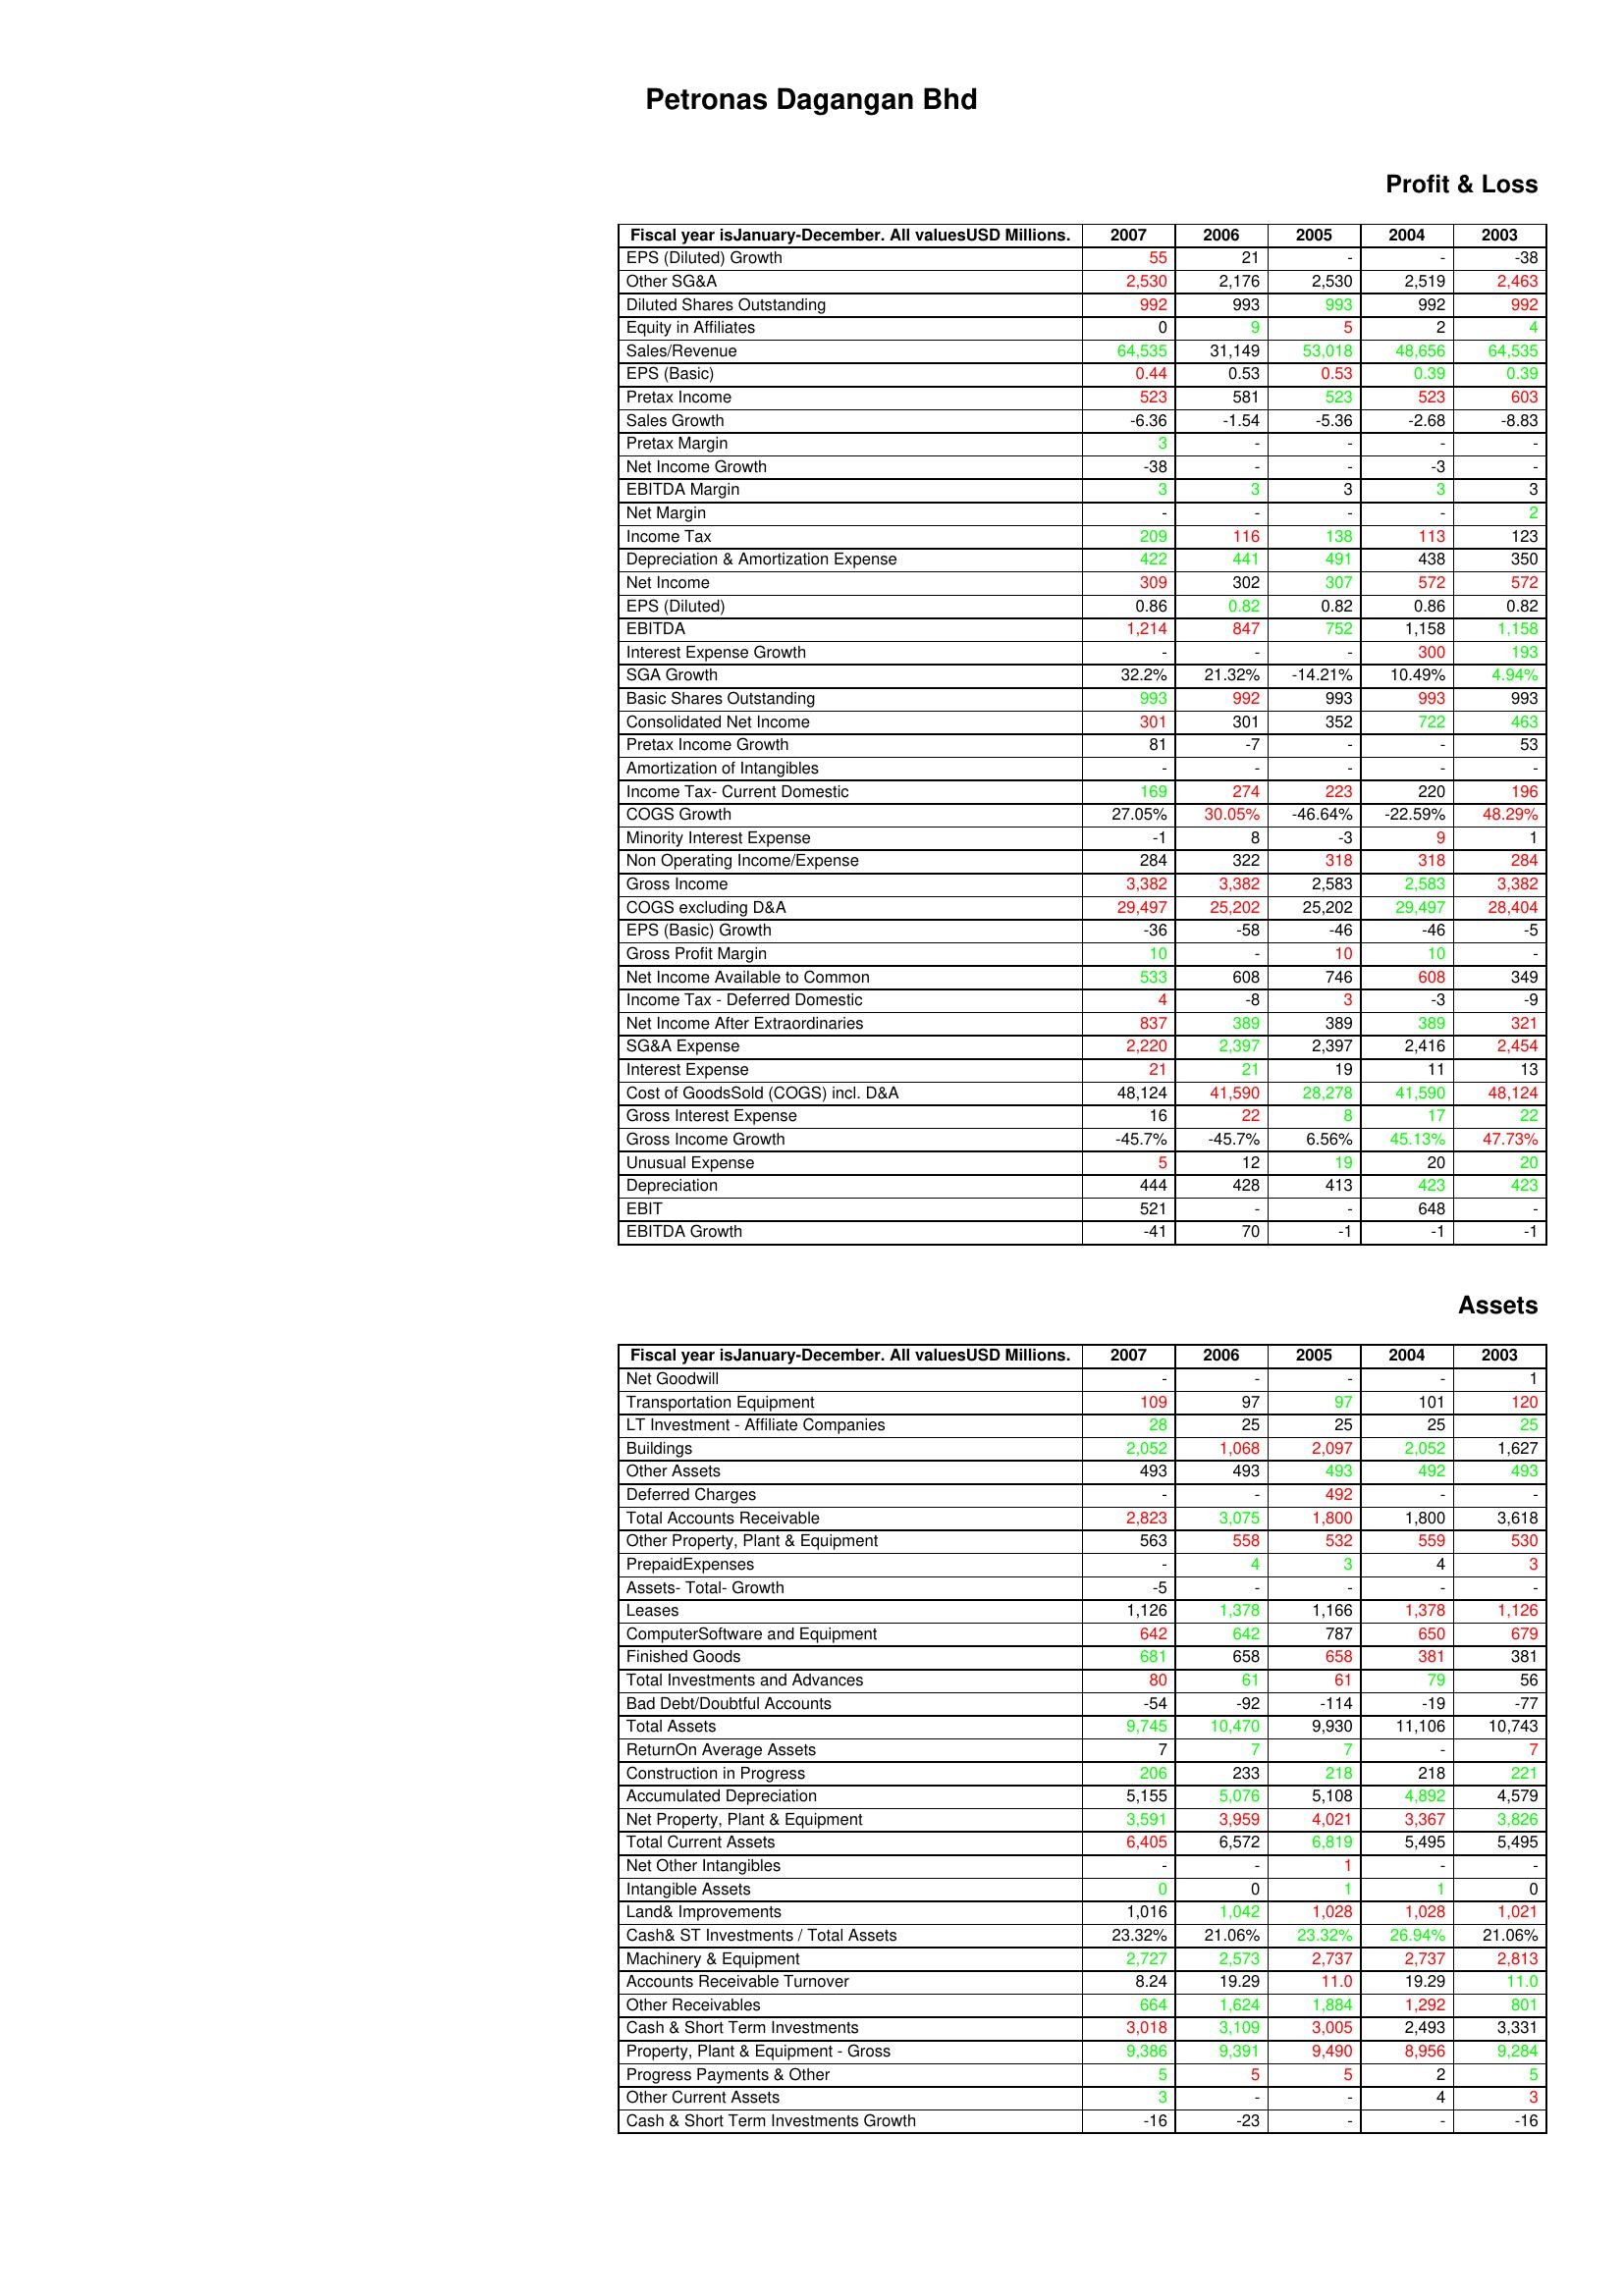
gt_parse: 2007: Profit & Loss: EPS (Diluted) Growth: 55
Other SG&A: 2,530
Diluted Shares Outstanding: 992
Equity in Affiliates: 0
Sales/Revenue: 64,535
EPS (Basic): 0.44
Pretax Income: 523
Sales Growth: -6.36
Pretax Margin: 3
Net Income Growth: -38
EBITDA Margin: 3
Net Margin: -
Income Tax: 209
Depreciation & Amortization Expense: 422
Net Income: 309
EPS (Diluted): 0.86
EBITDA: 1,214
Interest Expense Growth: -
SGA Growth: 32.2%
Basic Shares Outstanding: 993
Consolidated Net Income: 301
Pretax Income Growth: 81
Amortization of Intangibles: -
Income Tax- Current Domestic: 169
COGS Growth: 27.05%
Minority Interest Expense: -1
Non Operating Income/Expense: 284
Gross Income: 3,382
COGS excluding D&A: 29,497
EPS (Basic) Growth: -36
Gross Profit Margin: 10
Net Income Available to Common: 533
Income Tax - Deferred Domestic: 4
Net Income After Extraordinaries: 837
SG&A Expense: 2,220
Interest Expense: 21
Cost of GoodsSold (COGS) incl. D&A: 48,124
Gross Interest Expense: 16
Gross Income Growth: -45.7%
Unusual Expense: 5
Depreciation: 444
EBIT: 521
EBITDA Growth: -41
Assets: Net Goodwill: -
Transportation Equipment: 109
LT Investment - Affiliate Companies: 28
Buildings: 2,052
Other Assets: 493
Deferred Charges: -
Total Accounts Receivable: 2,823
Other Property, Plant & Equipment: 563
PrepaidExpenses: -
Assets- Total- Growth: -5
Leases: 1,126
ComputerSoftware and Equipment: 642
Finished Goods: 681
Total Investments and Advances: 80
Bad Debt/Doubtful Accounts: -54
Total Assets: 9,745
ReturnOn Average Assets: 7
Construction in Progress: 206
Accumulated Depreciation: 5,155
Net Property, Plant & Equipment: 3,591
Total Current Assets: 6,405
Net Other Intangibles: -
Intangible Assets: 0
Land& Improvements: 1,016
Cash& ST Investments / Total Assets: 23.32%
Machinery & Equipment: 2,727
Accounts Receivable Turnover: 8.24
Other Receivables: 664
Cash & Short Term Investments: 3,018
Property, Plant & Equipment - Gross : 9,386
Progress Payments & Other: 5
Other Current Assets: 3
Cash & Short Term Investments Growth: -16
2006: Profit & Loss: EPS (Diluted) Growth: 21
Other SG&A: 2,176
Diluted Shares Outstanding: 993
Equity in Affiliates: 9
Sales/Revenue: 31,149
EPS (Basic): 0.53
Pretax Income: 581
Sales Growth: -1.54
Pretax Margin: -
Net Income Growth: -
EBITDA Margin: 3
Net Margin: -
Income Tax: 116
Depreciation & Amortization Expense: 441
Net Income: 302
EPS (Diluted): 0.82
EBITDA: 847
Interest Expense Growth: -
SGA Growth: 21.32%
Basic Shares Outstanding: 992
Consolidated Net Income: 301
Pretax Income Growth: -7
Amortization of Intangibles: -
Income Tax- Current Domestic: 274
COGS Growth: 30.05%
Minority Interest Expense: 8
Non Operating Income/Expense: 322
Gross Income: 3,382
COGS excluding D&A: 25,202
EPS (Basic) Growth: -58
Gross Profit Margin: -
Net Income Available to Common: 608
Income Tax - Deferred Domestic: -8
Net Income After Extraordinaries: 389
SG&A Expense: 2,397
Interest Expense: 21
Cost of GoodsSold (COGS) incl. D&A: 41,590
Gross Interest Expense: 22
Gross Income Growth: -45.7%
Unusual Expense: 12
Depreciation: 428
EBIT: -
EBITDA Growth: 70
Assets: Net Goodwill: -
Transportation Equipment: 97
LT Investment - Affiliate Companies: 25
Buildings: 1,068
Other Assets: 493
Deferred Charges: -
Total Accounts Receivable: 3,075
Other Property, Plant & Equipment: 558
PrepaidExpenses: 4
Assets- Total- Growth: -
Leases: 1,378
ComputerSoftware and Equipment: 642
Finished Goods: 658
Total Investments and Advances: 61
Bad Debt/Doubtful Accounts: -92
Total Assets: 10,470
ReturnOn Average Assets: 7
Construction in Progress: 233
Accumulated Depreciation: 5,076
Net Property, Plant & Equipment: 3,959
Total Current Assets: 6,572
Net Other Intangibles: -
Intangible Assets: 0
Land& Improvements: 1,042
Cash& ST Investments / Total Assets: 21.06%
Machinery & Equipment: 2,573
Accounts Receivable Turnover: 19.29
Other Receivables: 1,624
Cash & Short Term Investments: 3,109
Property, Plant & Equipment - Gross : 9,391
Progress Payments & Other: 5
Other Current Assets: -
Cash & Short Term Investments Growth: -23
2005: Profit & Loss: EPS (Diluted) Growth: -
Other SG&A: 2,530
Diluted Shares Outstanding: 993
Equity in Affiliates: 5
Sales/Revenue: 53,018
EPS (Basic): 0.53
Pretax Income: 523
Sales Growth: -5.36
Pretax Margin: -
Net Income Growth: -
EBITDA Margin: 3
Net Margin: -
Income Tax: 138
Depreciation & Amortization Expense: 491
Net Income: 307
EPS (Diluted): 0.82
EBITDA: 752
Interest Expense Growth: -
SGA Growth: -14.21%
Basic Shares Outstanding: 993
Consolidated Net Income: 352
Pretax Income Growth: -
Amortization of Intangibles: -
Income Tax- Current Domestic: 223
COGS Growth: -46.64%
Minority Interest Expense: -3
Non Operating Income/Expense: 318
Gross Income: 2,583
COGS excluding D&A: 25,202
EPS (Basic) Growth: -46
Gross Profit Margin: 10
Net Income Available to Common: 746
Income Tax - Deferred Domestic: 3
Net Income After Extraordinaries: 389
SG&A Expense: 2,397
Interest Expense: 19
Cost of GoodsSold (COGS) incl. D&A: 28,278
Gross Interest Expense: 8
Gross Income Growth: 6.56%
Unusual Expense: 19
Depreciation: 413
EBIT: -
EBITDA Growth: -1
Assets: Net Goodwill: -
Transportation Equipment: 97
LT Investment - Affiliate Companies: 25
Buildings: 2,097
Other Assets: 493
Deferred Charges: 492
Total Accounts Receivable: 1,800
Other Property, Plant & Equipment: 532
PrepaidExpenses: 3
Assets- Total- Growth: -
Leases: 1,166
ComputerSoftware and Equipment: 787
Finished Goods: 658
Total Investments and Advances: 61
Bad Debt/Doubtful Accounts: -114
Total Assets: 9,930
ReturnOn Average Assets: 7
Construction in Progress: 218
Accumulated Depreciation: 5,108
Net Property, Plant & Equipment: 4,021
Total Current Assets: 6,819
Net Other Intangibles: 1
Intangible Assets: 1
Land& Improvements: 1,028
Cash& ST Investments / Total Assets: 23.32%
Machinery & Equipment: 2,737
Accounts Receivable Turnover: 11.0
Other Receivables: 1,884
Cash & Short Term Investments: 3,005
Property, Plant & Equipment - Gross : 9,490
Progress Payments & Other: 5
Other Current Assets: -
Cash & Short Term Investments Growth: -
2004: Profit & Loss: EPS (Diluted) Growth: -
Other SG&A: 2,519
Diluted Shares Outstanding: 992
Equity in Affiliates: 2
Sales/Revenue: 48,656
EPS (Basic): 0.39
Pretax Income: 523
Sales Growth: -2.68
Pretax Margin: -
Net Income Growth: -3
EBITDA Margin: 3
Net Margin: -
Income Tax: 113
Depreciation & Amortization Expense: 438
Net Income: 572
EPS (Diluted): 0.86
EBITDA: 1,158
Interest Expense Growth: 300
SGA Growth: 10.49%
Basic Shares Outstanding: 993
Consolidated Net Income: 722
Pretax Income Growth: -
Amortization of Intangibles: -
Income Tax- Current Domestic: 220
COGS Growth: -22.59%
Minority Interest Expense: 9
Non Operating Income/Expense: 318
Gross Income: 2,583
COGS excluding D&A: 29,497
EPS (Basic) Growth: -46
Gross Profit Margin: 10
Net Income Available to Common: 608
Income Tax - Deferred Domestic: -3
Net Income After Extraordinaries: 389
SG&A Expense: 2,416
Interest Expense: 11
Cost of GoodsSold (COGS) incl. D&A: 41,590
Gross Interest Expense: 17
Gross Income Growth: 45.13%
Unusual Expense: 20
Depreciation: 423
EBIT: 648
EBITDA Growth: -1
Assets: Net Goodwill: -
Transportation Equipment: 101
LT Investment - Affiliate Companies: 25
Buildings: 2,052
Other Assets: 492
Deferred Charges: -
Total Accounts Receivable: 1,800
Other Property, Plant & Equipment: 559
PrepaidExpenses: 4
Assets- Total- Growth: -
Leases: 1,378
ComputerSoftware and Equipment: 650
Finished Goods: 381
Total Investments and Advances: 79
Bad Debt/Doubtful Accounts: -19
Total Assets: 11,106
ReturnOn Average Assets: -
Construction in Progress: 218
Accumulated Depreciation: 4,892
Net Property, Plant & Equipment: 3,367
Total Current Assets: 5,495
Net Other Intangibles: -
Intangible Assets: 1
Land& Improvements: 1,028
Cash& ST Investments / Total Assets: 26.94%
Machinery & Equipment: 2,737
Accounts Receivable Turnover: 19.29
Other Receivables: 1,292
Cash & Short Term Investments: 2,493
Property, Plant & Equipment - Gross : 8,956
Progress Payments & Other: 2
Other Current Assets: 4
Cash & Short Term Investments Growth: -
2003: Profit & Loss: EPS (Diluted) Growth: -38
Other SG&A: 2,463
Diluted Shares Outstanding: 992
Equity in Affiliates: 4
Sales/Revenue: 64,535
EPS (Basic): 0.39
Pretax Income: 603
Sales Growth: -8.83
Pretax Margin: -
Net Income Growth: -
EBITDA Margin: 3
Net Margin: 2
Income Tax: 123
Depreciation & Amortization Expense: 350
Net Income: 572
EPS (Diluted): 0.82
EBITDA: 1,158
Interest Expense Growth: 193
SGA Growth: 4.94%
Basic Shares Outstanding: 993
Consolidated Net Income: 463
Pretax Income Growth: 53
Amortization of Intangibles: -
Income Tax- Current Domestic: 196
COGS Growth: 48.29%
Minority Interest Expense: 1
Non Operating Income/Expense: 284
Gross Income: 3,382
COGS excluding D&A: 28,404
EPS (Basic) Growth: -5
Gross Profit Margin: -
Net Income Available to Common: 349
Income Tax - Deferred Domestic: -9
Net Income After Extraordinaries: 321
SG&A Expense: 2,454
Interest Expense: 13
Cost of GoodsSold (COGS) incl. D&A: 48,124
Gross Interest Expense: 22
Gross Income Growth: 47.73%
Unusual Expense: 20
Depreciation: 423
EBIT: -
EBITDA Growth: -1
Assets: Net Goodwill: 1
Transportation Equipment: 120
LT Investment - Affiliate Companies: 25
Buildings: 1,627
Other Assets: 493
Deferred Charges: -
Total Accounts Receivable: 3,618
Other Property, Plant & Equipment: 530
PrepaidExpenses: 3
Assets- Total- Growth: -
Leases: 1,126
ComputerSoftware and Equipment: 679
Finished Goods: 381
Total Investments and Advances: 56
Bad Debt/Doubtful Accounts: -77
Total Assets: 10,743
ReturnOn Average Assets: 7
Construction in Progress: 221
Accumulated Depreciation: 4,579
Net Property, Plant & Equipment: 3,826
Total Current Assets: 5,495
Net Other Intangibles: -
Intangible Assets: 0
Land& Improvements: 1,021
Cash& ST Investments / Total Assets: 21.06%
Machinery & Equipment: 2,813
Accounts Receivable Turnover: 11.0
Other Receivables: 801
Cash & Short Term Investments: 3,331
Property, Plant & Equipment - Gross : 9,284
Progress Payments & Other: 5
Other Current Assets: 3
Cash & Short Term Investments Growth: -16